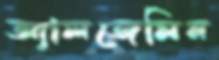
অ্যালজেমিন